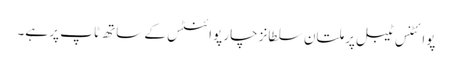
پوائٹنس ٹیبل پر ملتان سلطانز چار پوائنٹس کے ساتھ ٹاپ پر ہے۔